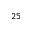
^ { 2 5 }